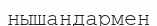
нышандармен